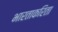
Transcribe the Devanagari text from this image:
भारताकरिता